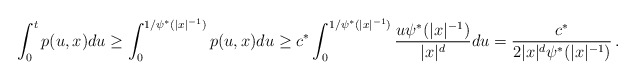
\begin{align*}\int_0^t p(u,x)du\geq \int_0^{1/\psi^*(|x|^{-1})} p(u,x)du\geq c^* \int_0^{1/\psi^*(|x|^{-1})} \frac{u \psi^*(|x|^{-1})}{|x|^d}du= \frac{c^*}{2|x|^d \psi^*(|x|^{-1})}\,.\end{align*}